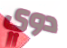
دوي